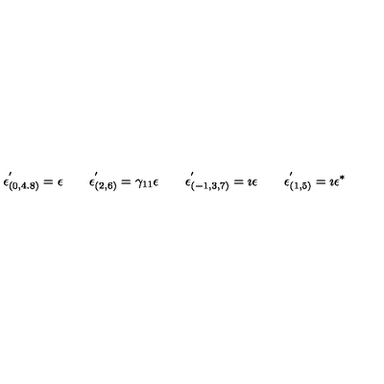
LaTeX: \epsilon _ { ( 0 , 4 . 8 ) } ^ { ' } = \epsilon \qquad \epsilon _ { ( 2 , 6 ) } ^ { ' } = \gamma _ { 1 1 } \epsilon \qquad \epsilon _ { ( - 1 , 3 , 7 ) } ^ { ' } = \imath \epsilon \qquad \epsilon _ { ( 1 , 5 ) } ^ { ' } = \imath \epsilon ^ { \ast }